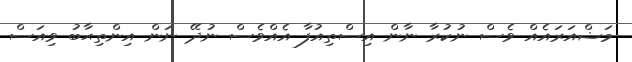
މަޟްއަރައެއް ވެސް ނުކުރާ ނާން އިސްތިއުފާ އެއްވެސް ނުދޭ ނަން އިންތިޙާބު ވިއަސް